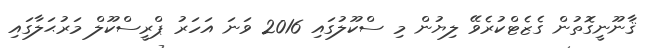
ޤާނޫނީގޮތުން ގެޒެޓްކުރެވޭ ލިޔުން މި ސްކޫލުގައި 2016 ވަނަ އަހަރު ޕްރީސްކޫލް މަރުޙަލާގައި